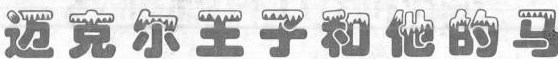
万克尔王子和他的马